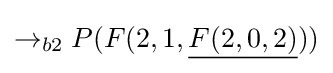
\rightarrow _{b2}P(F(2,1,{\underline {F(2,0,2)}}))